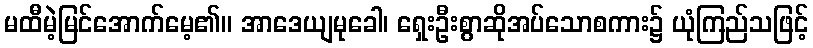
မထီမဲ့မြင်အောက်မေ့၏။ အာဒေယျမုခေါ၊ ရှေးဦးစွာဆိုအပ်သောစကား၌ ယုံကြည်သဖြင့်